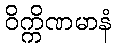
ဝိက္ကိဏမာနံ